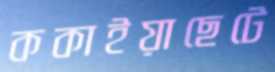
ককাইয়াছেটে